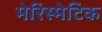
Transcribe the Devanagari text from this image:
मेरिस्मेटिक